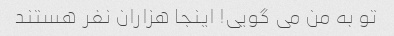
تو به من می گویی! اینجا هزاران نفر هستند